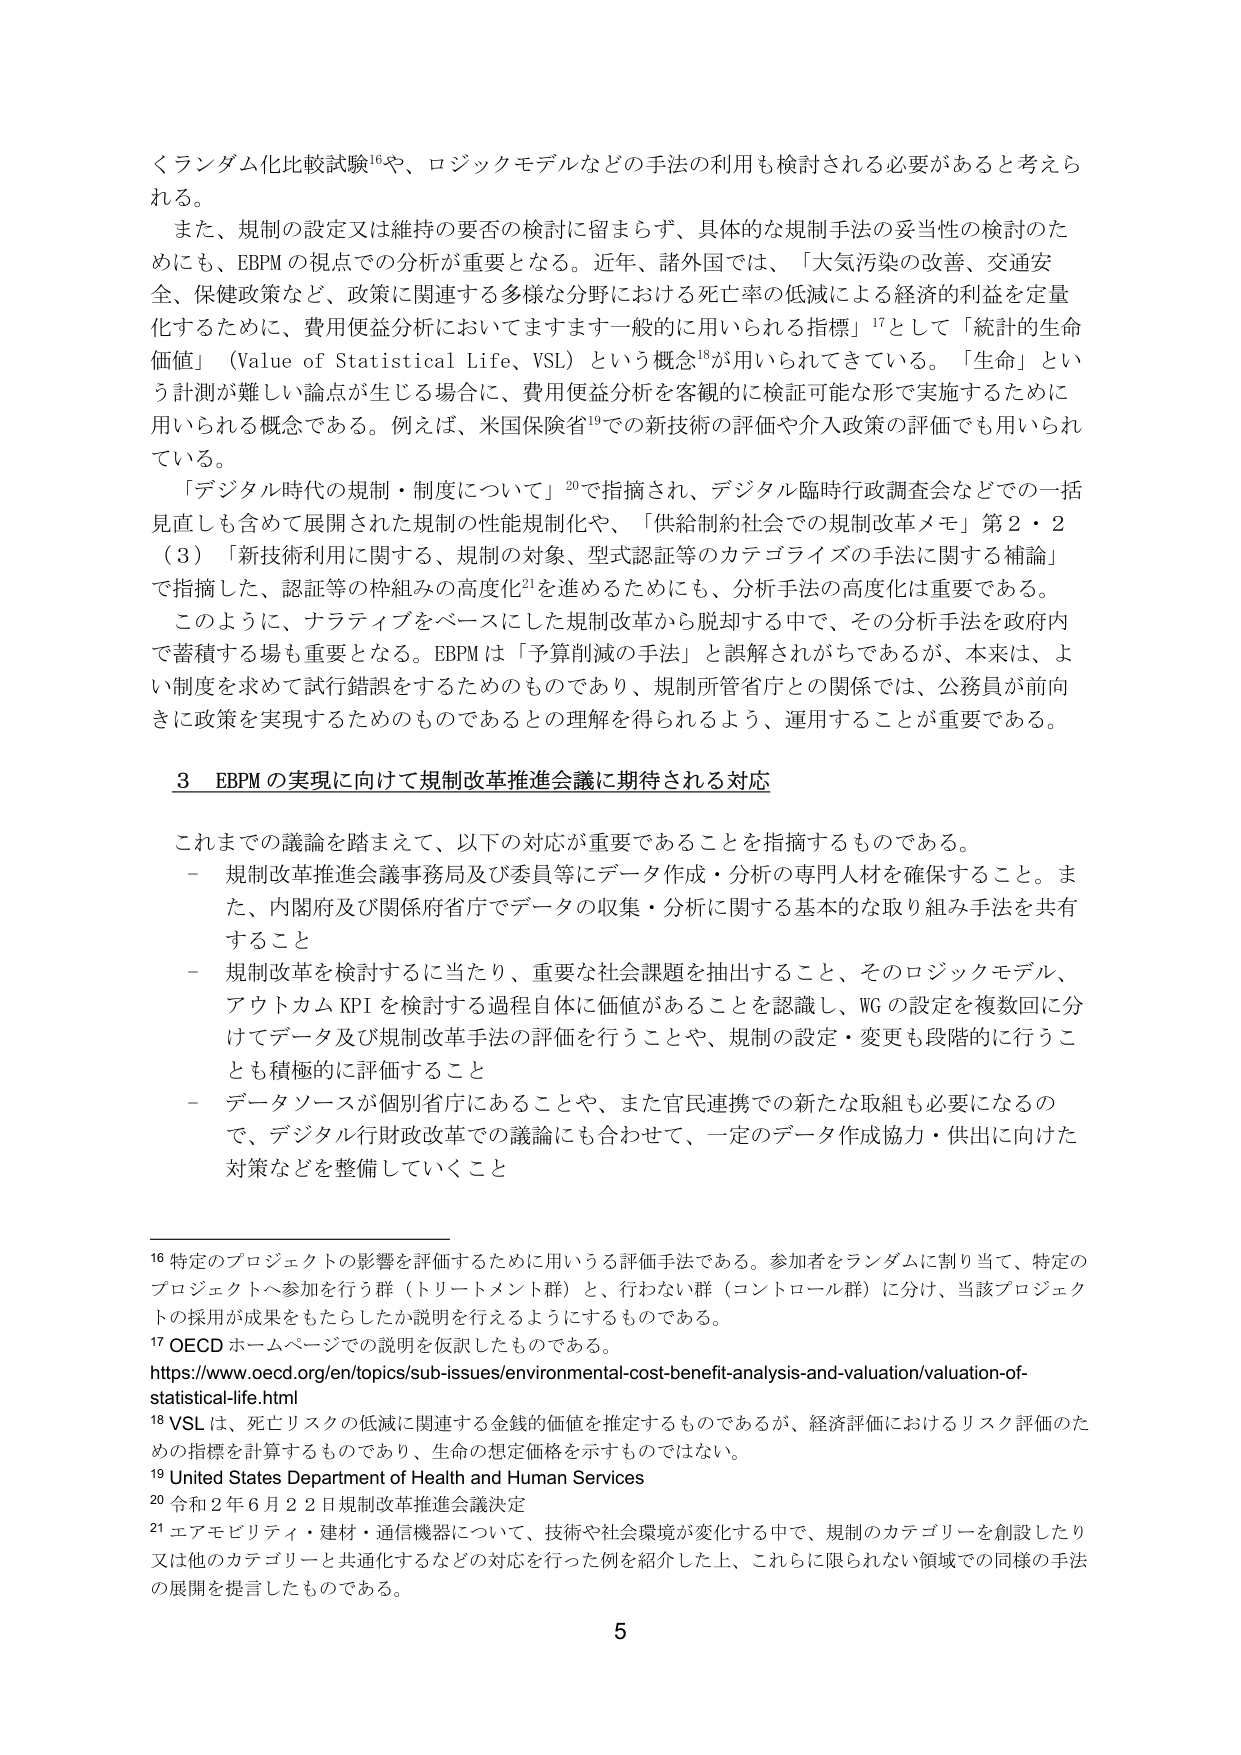
くランダム化比較試験¹⁶や、ロジックモデルなどの手法の利用も検討される必要があると考えられる。

また、規制の設定又は維持の要否の検討に留まらず、具体的な規制手法の妥当性の検討のためにも、EBPMの視点での分析が重要となる。近年、諸外国では、「大気汚染の改善、交通安全、保健政策など、政策に関連する多様な分野における死亡率の低減による経済的利益を定量化するために、費用便益分析においてますます一般的に用いられる指標」¹⁷として「統計的生命価値」（Value of Statistical Life、VSL）という概念¹⁸が用いられてきている。「生命」という計測が難しい論点が生じる場合に、費用便益分析を客観的に検証可能な形で実施するために用いられる概念である。例えば、米国保険省¹⁹での新技術の評価や介入政策の評価でも用いられている。

「デジタル時代の規制・制度について」²⁰で指摘され、デジタル臨時行政調査会などでの一括見直しも含めて展開された規制の性能規制化や、「供給制約社会での規制改革メモ」第2・2（3）「新技術利用に関する、規制の対象、型式認証等のカテゴライズの手法に関する補論」で指摘した、認証等の枠組みの高度化²¹を進めるためにも、分析手法の高度化は重要である。

このように、ナラティブをベースにした規制改革から脱却する中で、その分析手法を政府内で蓄積する場も重要となる。EBPMは「予算削減の手法」と誤解されがちであるが、本来は、よい制度を求めて試行錯誤をするためのものであり、規制所管省庁との関係では、公務員が前向きに政策を実現するためのものであるとの理解を得られるよう、運用することが重要である。

3 EBPMの実現に向けて規制改革推進会議に期待される対応

これまでの議論を踏まえて、以下の対応が重要であることを指摘するものである。
- 規制改革推進会議事務局及び委員等にデータ作成・分析の専門人材を確保すること。また、内閣府及び関係府省庁でデータの収集・分析に関する基本的な取り組み手法を共有すること
- 規制改革を検討するに当たり、重要な社会課題を抽出すること、そのロジックモデル、アウトカムKPIを検討する過程自体に価値があることを認識し、WGの設定を複数回に分けてデータ及び規制改革手法の評価を行うことや、規制の設定・変更も段階的に行うこととも積極的に評価すること
- データソースが個別省庁にあることや、また官民連携での新たな取組も必要になるので、デジタル行政改革での議論にも合わせて、一定のデータ作成協力・供出に向けた対策などを整備していくこと

¹⁶ 特定のプロジェクトの影響を評価するために用いる評価手法である。参加者をランダムに割り当て、特定のプロジェクトへ参加を行う群（トリートメント群）と、行わない群（コントロール群）に分け、当該プロジェクトの採用が成果をもたらしたか説明を行えるようにするものである。
¹⁷ OECDホームページでの説明を仮訳したものである。
https://www.oecd.org/en/topics/sub-issues/environmental-cost-benefit-analysis-and-valuation/valuation-of-statistical-life.html
¹⁸ VSLは、死亡リスクの低減に関連する金銭的価値を推定するものであるが、経済評価におけるリスク評価のための指標を計算するものであり、生命の想定価格を示すものではない。
¹⁹ United States Department of Health and Human Services
²⁰ 令和2年6月22日規制改革推進会議決定
²¹ エアモビリティ・建材・通信機器について、技術や社会環境が変化する中で、規制のカテゴリーを創設したり又は他のカテゴリーと共通化するなどの対応を行った例を紹介した上、これらに限られない領域での同様の手法の展開を提言したものである。

5